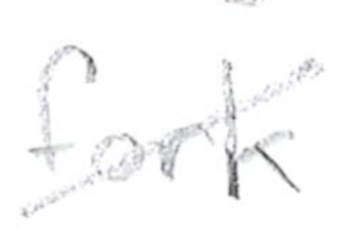
Text: fork
Cross-out: mix
Writing tool: pencil